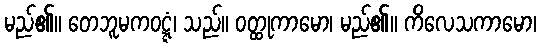
မည်၏။ တေဘူမကဝဋ္ဋံ၊ သည်။ ဝတ္ထုကာမော၊ မည်၏။ ကိလေသကာမော၊